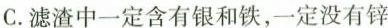
C.滤渣中一定含有银和铁，一定没有锌